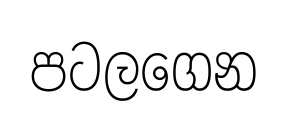
පටලගෙන